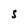
Character: S